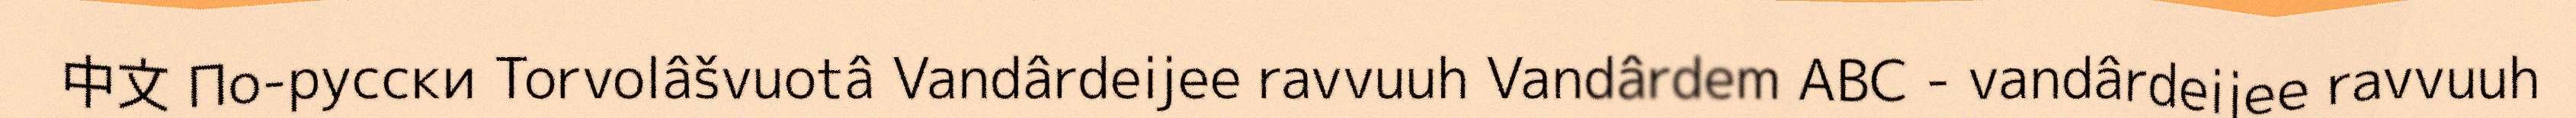
中文 По-русски Torvolâšvuotâ Vandârdeijee ravvuuh Vandârdem ABC - vandârdeijee ravvuuh